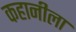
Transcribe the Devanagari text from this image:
कहानीला